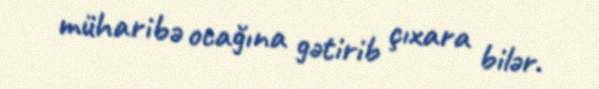
müharibə ocağına gətirib çıxara bilər.